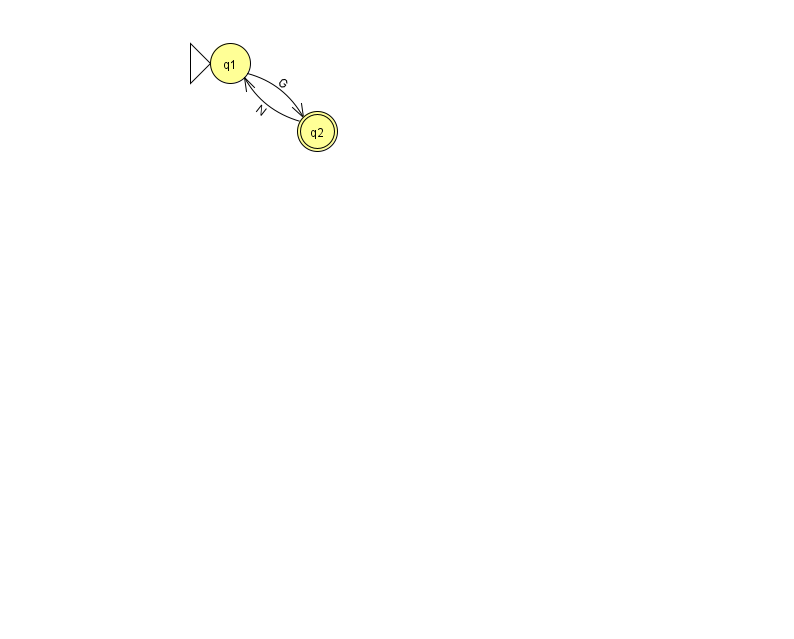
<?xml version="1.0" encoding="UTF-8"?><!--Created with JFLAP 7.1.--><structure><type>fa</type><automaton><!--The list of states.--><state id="1" name="q1"><x>230.0</x><y>50.0</y><initial/></state><state id="2" name="q2"><x>317.0</x><y>118.0</y><final/></state><!--The list of transitions.--><transition><from>1</from><to>2</to><read>G</read></transition><transition><from>2</from><to>1</to><read>N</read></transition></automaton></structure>